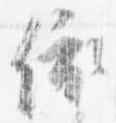
依